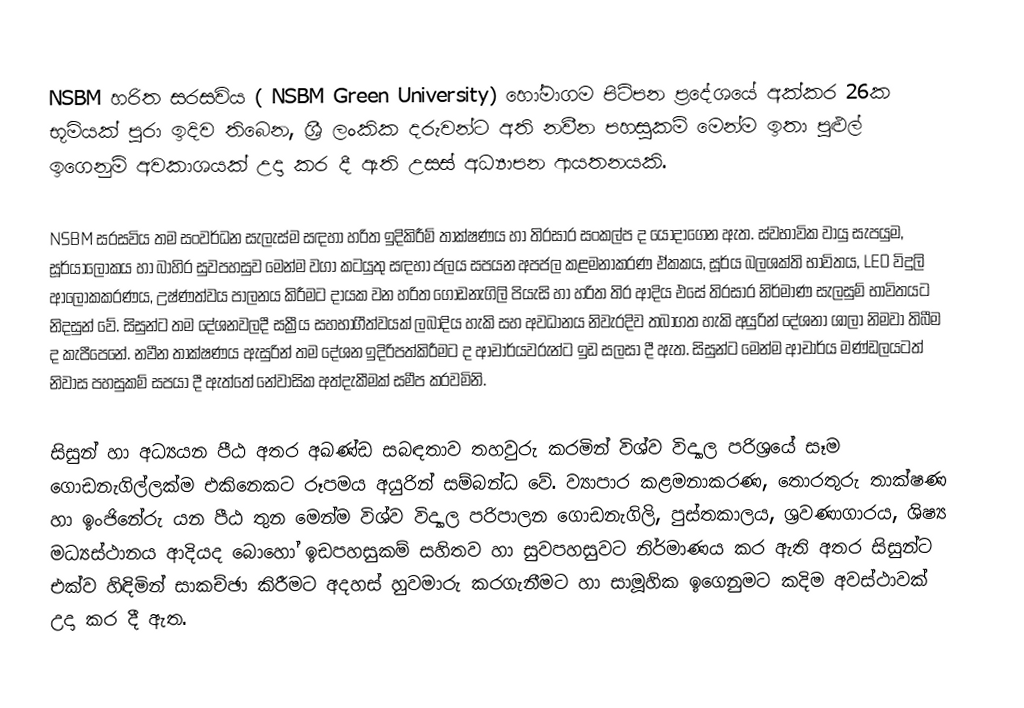
NSBM හරිත සරසවිය ( NSBM Green University) හෝමාගම පිටිපන ප්‍රදේශයේ අක්කර 26ක භූමියක් පුරා ඉදිව තිබෙන,  ශ්‍රී ලංකික දරුවන්ට අති නවීන පහසුකම් මෙන්ම ඉතා පුළුල් ඉගෙනුම් අවකාශයක් උදා කර දී ඇති උසස් අධ්‍යාපන ආයතනයකි.

NSBM සරසවිය තම සංවර්ධන සැලැස්ම සඳහා හරිත ඉදිකිරීම් තාක්ෂණය හා තිරසාර සංකල්ප ද යොදාගෙන ඇත. ස්වභාවික වායු සැපයුම, සූර්යාලෝකය හා බාහිර සුවපහසුව මෙන්ම වගා කටයුතු සඳහා ජලය සපයන අපජල කළමනාකරණ ඒකකය, සූර්ය බලශක්ති භාවිතය, LED විදුලි ආලෝකකරණය, උෂ්ණත්වය පාලනය කිරීමට දායක වන හරිත ගොඩනැගිලි පියැසි හා හරිත තිර ආදිය එසේ තිරසාර නිර්මාණ සැලසුම් භාවිතයට නිදසුන් වේ. සිසුන්ට තම දේශනවලදී සක්‍රීය සහභාගීත්වයක් ලබාදිය හැකි සහ අවධානය නිවැරදිව තබාගත හැකි අයුරින් දේශනා ශාලා නිමවා තිබීම ද කැපීපෙනේ. නවීන තාක්ෂණය ඇසුරින් තම දේශන ඉදිරිපත්කිරීමට ද ආචාර්යවරුන්ට ඉඩ සලසා දී ඇත. සිසුන්ට මෙන්ම ආචාර්ය මණ්ඩලයටත් නිවාස පහසුකම් සපයා දී ඇත්තේ නේවාසික අත්දැකීමක් සමීප කරවමිනි.

සිසුන් හා අධ්‍යයන පීඨ අතර අඛණ්ඩ සබඳතාව තහවුරු කරමින් විශ්ව විද්‍යාල පරිශ්‍රයේ සෑම ගොඩනැගිල්ලක්ම එකිනෙකට රූපමය අයුරින් සම්බන්ධ වේ. ව්‍යාපාර කළමනාකරණ, තොරතුරු තාක්ෂණ හා ඉංජිනේරු යන පීඨ තුන මෙන්ම විශ්ව විද්‍යාල පරිපාලන ගොඩනැගිලි‍, පුස්තකාලය, ශ්‍රවණාගාරය, ශිෂ්‍ය මධ්‍යස්ථානය ආදියද බොහෝ ඉඩපහසුකම් සහිතව හා සුවපහසුවට නිර්මාණය කර ඇති අතර සිසුන්ට එක්ව හිඳිමින් සාකච්ඡා කිරීමට අදහස් හුවමාරු කරගැනීමට හා සාමූහික ඉගෙනුමට කදිම අවස්ථාවක් උදා කර දී ඇත.